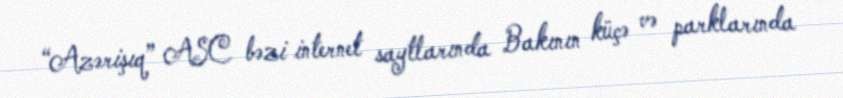
“Azərişıq” ASC bəzi internet saytlarında Bakının küçə və parklarında